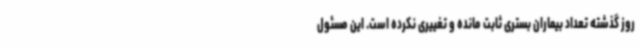
روز گذشته تعداد بیماران بستری ثابت مانده و تغییری نکرده است. این مسئول